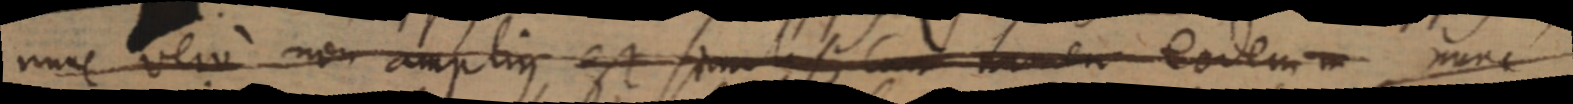
nunc vero non amplius est simul si cum tamen eodem m nunc